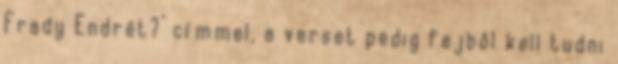
Frady Endrét?’ címmel, a verset pedig fejből kell tudni